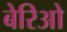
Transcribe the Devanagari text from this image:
बेरिओ